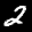
Label: 2